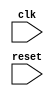
module USB_Controller (
    input wire clk,
    input wire reset,
    // Add other input and output signals here as needed
    
    // Declare internal signals here
    
    // Timing control logic
    // Synchronization logic
    // Protocol-specific timing constraints logic
    // Handshaking signal management logic
    // Any other necessary logic
    
    // Add other modules or components as needed
    
);

    // Add Verilog code for the USB controller module here

endmodule